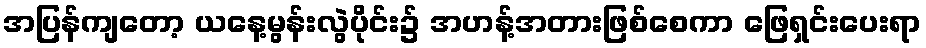
အပြန်ကျတော့ ယနေ့မွန်းလွဲပိုင်း၌ အဟန့်အတားဖြစ်စေကာ ဖြေရှင်းပေးရာ